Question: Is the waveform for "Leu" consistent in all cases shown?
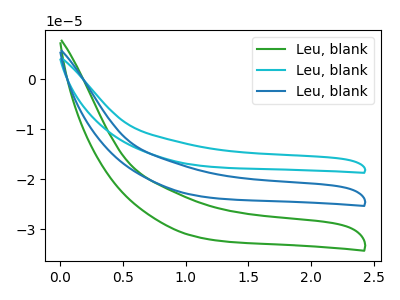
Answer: <think>The green curve "Leu, blank1" has no peaks. The cyan curve "Leu, blank2" has no peaks. The blue curve "Leu, blank3" has no peaks.
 Neither "Leu, blank1" or "Leu, blank2" have any peaks. Neither "Leu, blank1" or "Leu, blank3" have any peaks. Neither "Leu, blank2" or "Leu, blank3" have any peaks.</think>
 <answer>All the CV's of "Leu" have similar shape.</answer>
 <eval>follow_rule</eval>